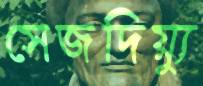
সেজদিয়্যু